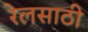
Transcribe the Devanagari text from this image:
रेलसाठी